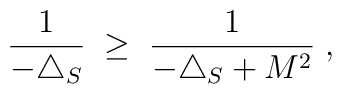
\frac{1}{ -\triangle_S } \; \geq \; \frac{1}{ -\triangle_S + M^2} \; ,